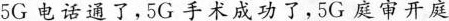
5G电话通了，5G手术成功了，5G庭审开庭